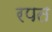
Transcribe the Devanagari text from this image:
रपत